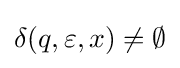
\delta (q,\varepsilon ,x)\not =\emptyset